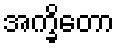
အက္ခိတော